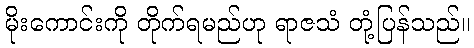
မိုးကောင်းကို တိုက်ရမည်ဟု ရာဇသံ တုံ့ပြန်သည်။